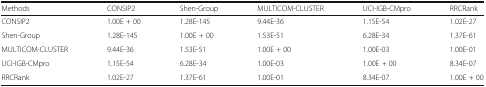
| Methods | CONSIP2 | Shen-Group | MULTICOM-CLUSTER | UCI-IGB-CMpro | RRCRank |
 | --- | --- | --- | --- | --- | --- |
 | CONSIP2 | 1.00E + 00 | 1.28E-145 | 9.44E-36 | 1.15E-54 | 1.02E-27 |
 | Shen-Group | 1.28E-145 | 1.00E + 00 | 1.53E-51 | 6.28E-34 | 1.37E-61 |
 | MULTICOM-CLUSTER | 9.44E-36 | 1.53E-51 | 1.00E + 00 | 1.00E-03 | 1.00E-01 |
 | UCI-IGB-CMpro | 1.15E-54 | 6.28E-34 | 1.00E-03 | 1.00E + 00 | 8.34E-07 |
 | RRCRank | 1.02E-27 | 1.37E-61 | 1.00E-01 | 8.34E-07 | 1.00E + 00 |